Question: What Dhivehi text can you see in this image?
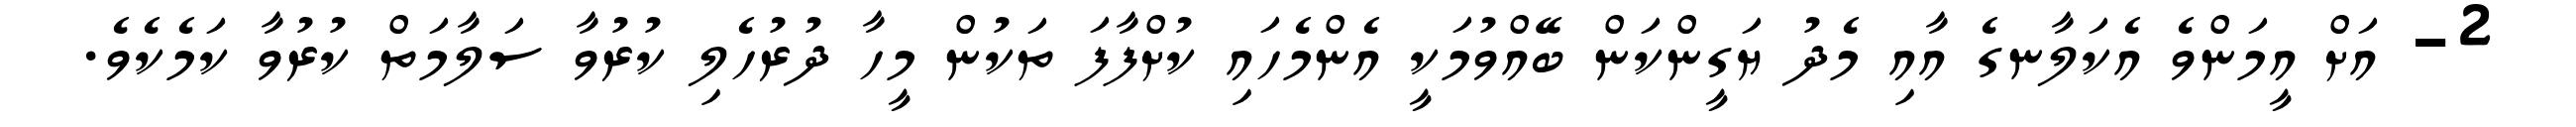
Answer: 2- އަށް އީމަންވެ އެކަލާނގެ އާއި މެދު ޔަގީންކަން ބޭއްވުމަކީ އެންމެހައި ކުށްފާފަ ތަކުން މީހާ ދުރުހެލި ކުރުވާ ސަލާމަތް ކުރުވާ ކަމެކެވެ.